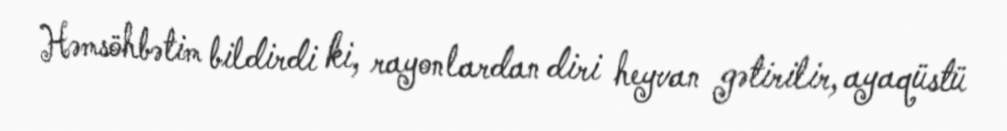
Həmsöhbətim bildirdi ki, rayonlardan diri heyvan gətirilir, ayaqüstü